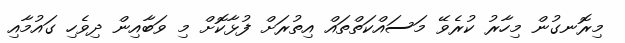
މިރޮނގުން މިހާރު ކުރެވޭ މަސައްކަތްތައް އިތުރަށް ފުޅާކޮށް މި ވަބާއިން ދިވެހި ގައުމާއި